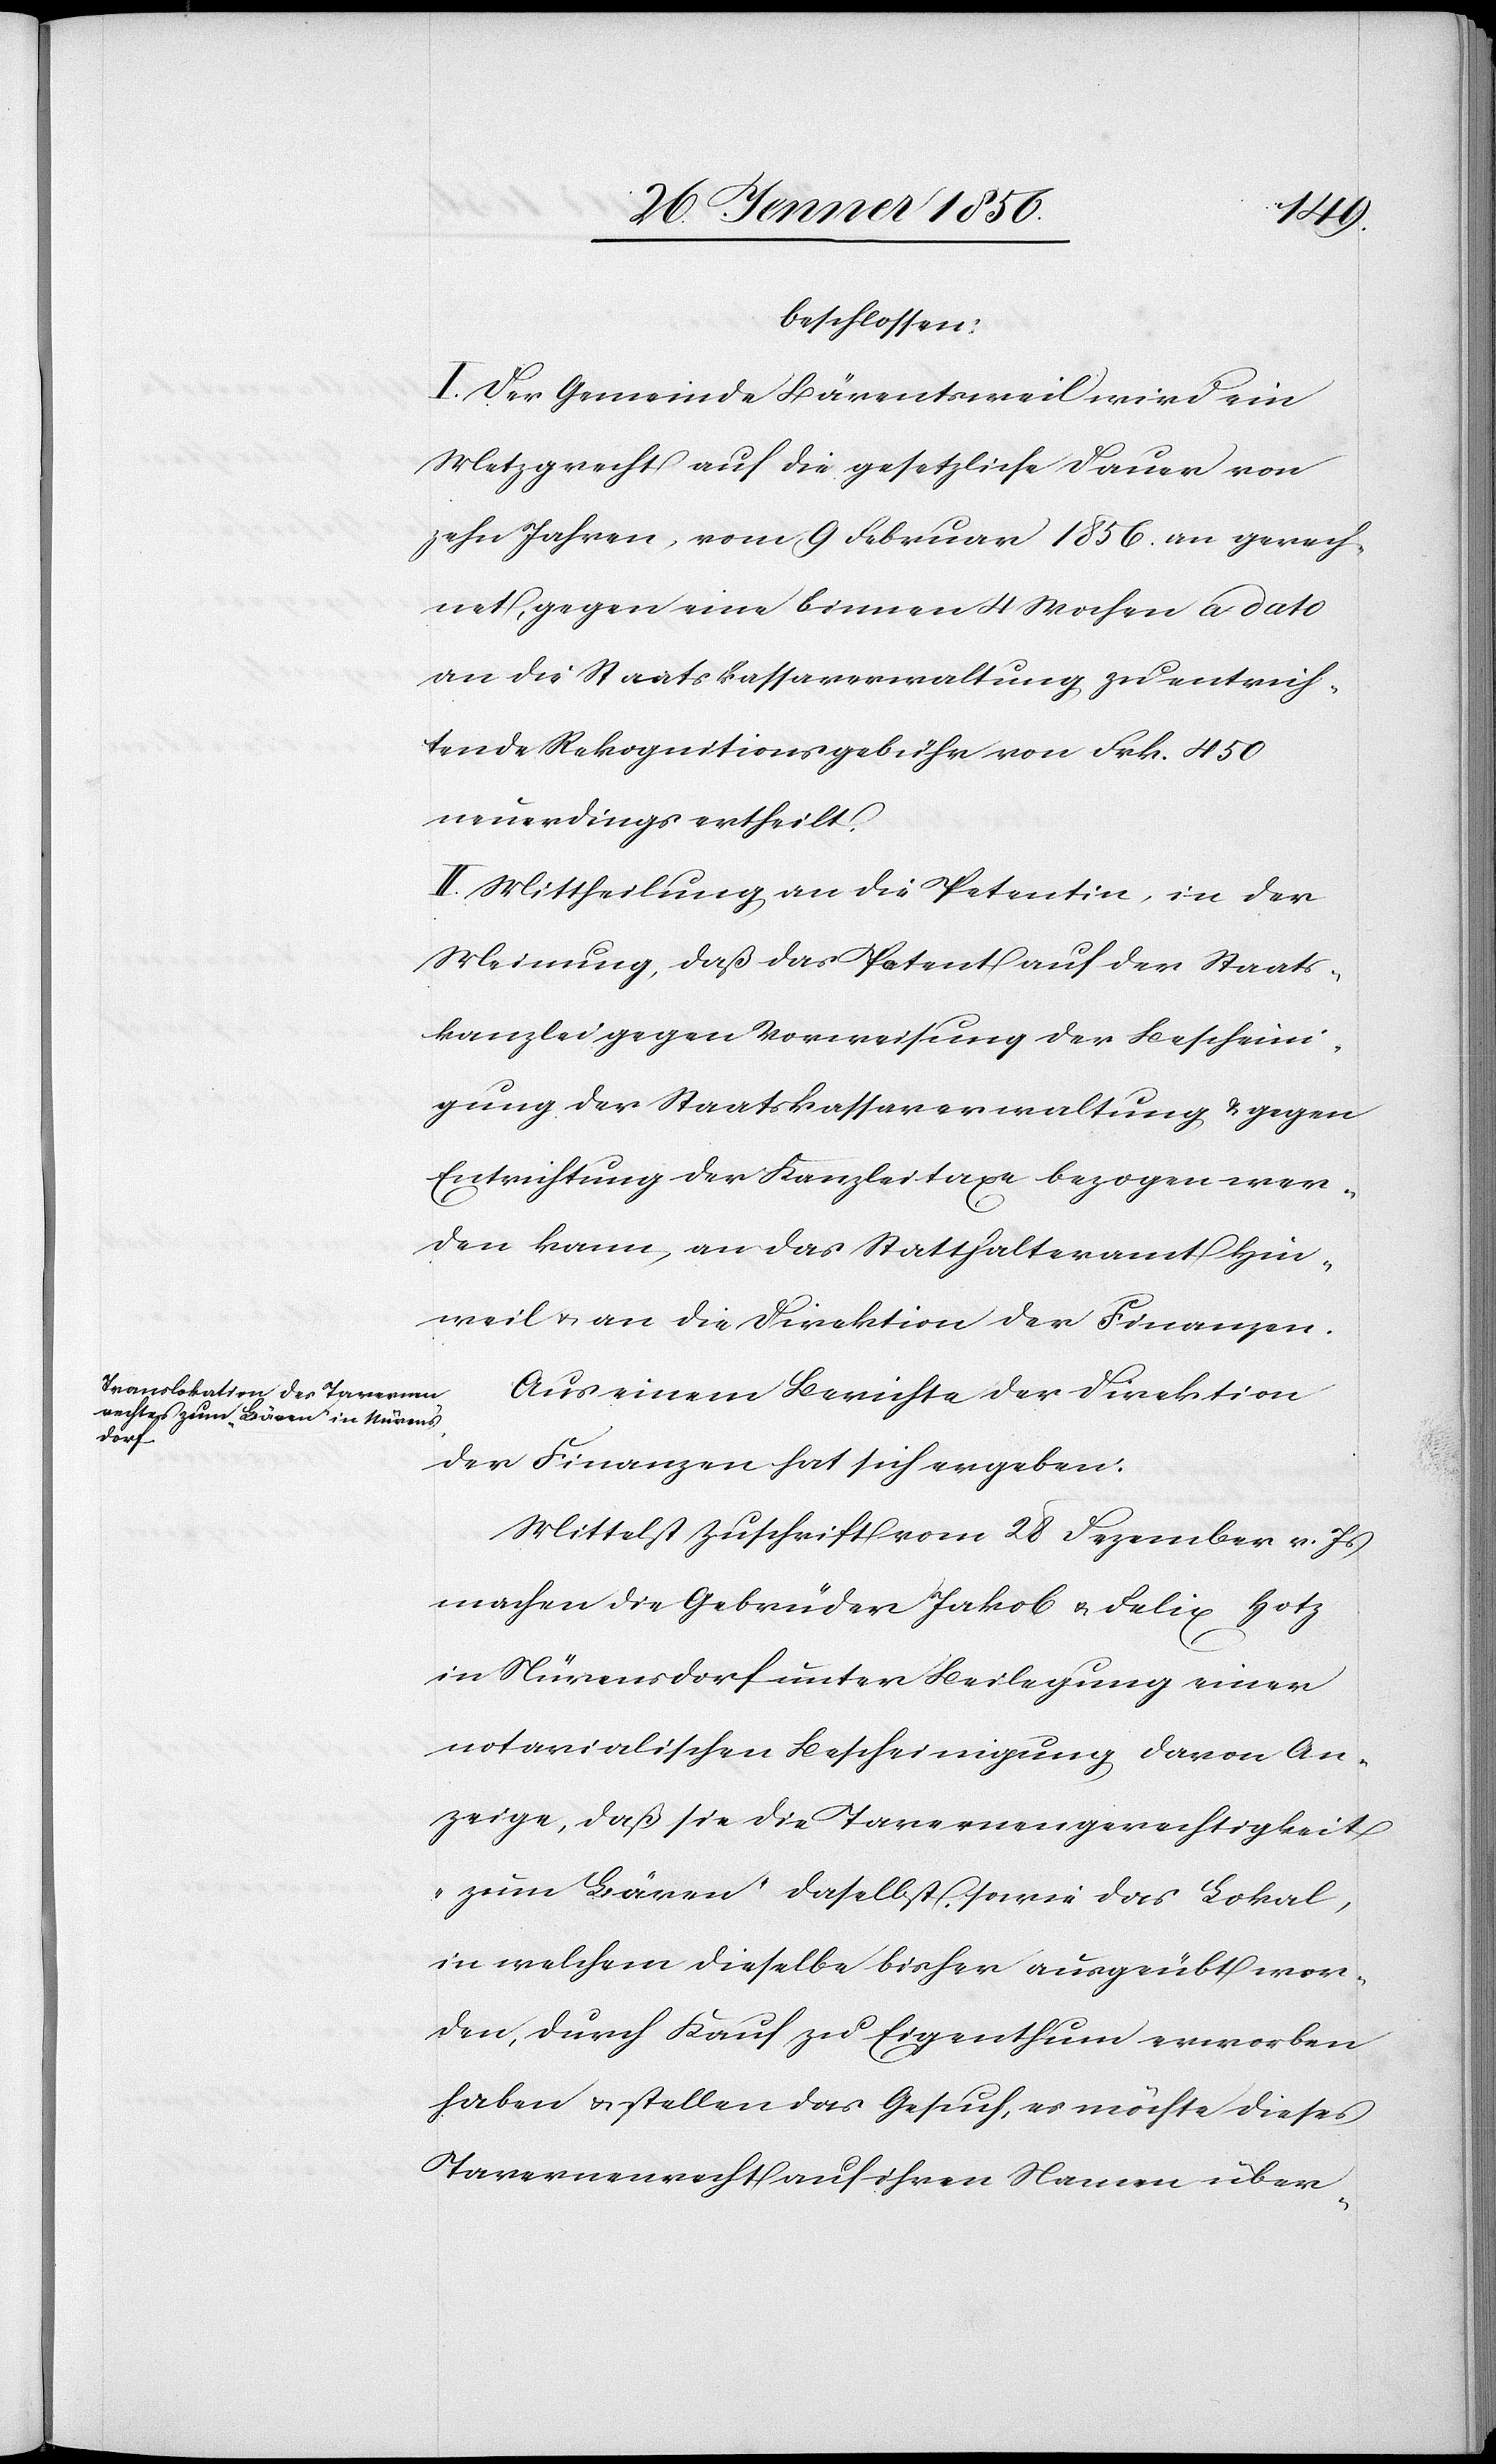
beschlossen:
I. Der Gemeinde Bärentsweil wird ein
Metzgrecht auf die gesetzliche Dauer von
zehn Jahren, vom 9 Febraur 1856. an gerech¬
net, gegen eine binnen 4 Wochen a dato
an die Staatskassaverwaltung zu entrich¬
tende Rekognitionsgebühr von Frk. 450
neuerdings ertheilt.
II. Mittheilung an die Petentin, in der
Meinung, daß das Patent auf der Staats¬
kanzlei gegen Vorweisung der Bescheini¬
gung der Staatskassaverwaltung & gegen
Entrichtung der Kanzleitaxe bezogen wer¬
den kann, an das Statthalteramt Hin¬
weil u. an die Direktion der Finanzen.
Aus einem Berichte der Direktion
der Finanzen hat sich ergeben:
Mittelst Zuschrift vom 28 Dezember v. Js
machen die Gebrüder Jakob u. Felix Hotz
in Nürensdorf unter Beilegung einer
notarialischen Bescheinigung, davon An¬
zeige, daß sie die Tavernengerechtigkeit
„zum Bären“ daselbst, sowie das Lokal,
in welchem dieselbe bisher ausgeübt wor¬
den, durch Kauf zu Eigenthum erworben
haben u. stellen das Gesuch, es möchte dieses
Tavernenrecht auf ihren Namen über-